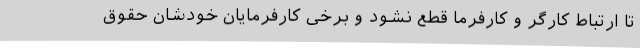
تا ارتباط کارگر و کارفرما قطع نشود و برخی کارفرمایان خودشان حقوق